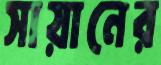
সায়ানের